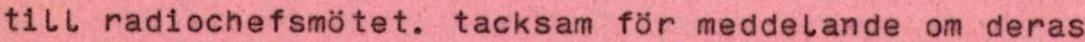
till radiochefsmötet. tacksam för meddelande om deras